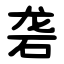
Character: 砻